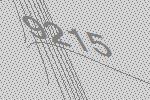
9215